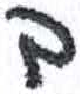
אות: ב